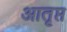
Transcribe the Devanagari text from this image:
आतृप्त